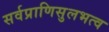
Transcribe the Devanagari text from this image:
सर्वप्राणिसुलभत्व